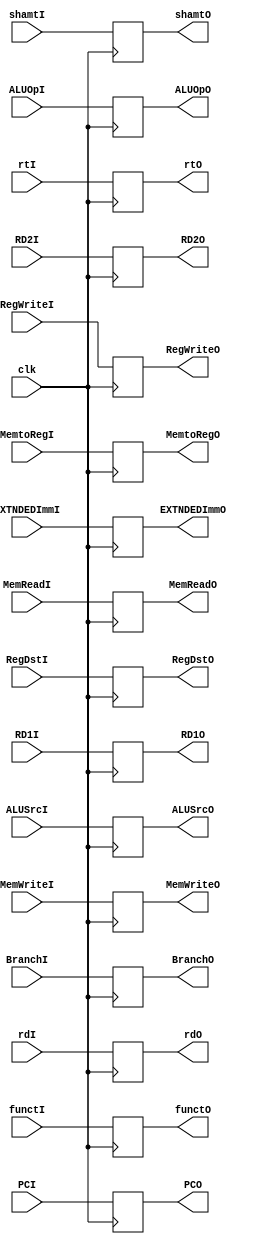
module idex(RegWriteO, MemtoRegO, MemReadO, MemWriteO, BranchO, ALUOpO, RegDstO, ALUSrcO, PCO, RD1O, RD2O, EXTNDEDImmO, rtO, rdO, functO, shamtO,
	    RegWriteI, MemtoRegI, MemReadI, MemWriteI, BranchI, ALUOpI, RegDstI, ALUSrcI, PCI, RD1I, RD2I, EXTNDEDImmI, rtI, rdI, functI, shamtI, clk);
		
	output reg RegWriteO, MemtoRegO, MemReadO, MemWriteO, BranchO, RegDstO, ALUSrcO;
	input RegWriteI, MemtoRegI, MemReadI, MemWriteI, BranchI, RegDstI, ALUSrcI, clk;
	output reg [1:0] ALUOpO;
	input [1:0] ALUOpI;
	output reg [31:0] PCO, RD1O, RD2O, EXTNDEDImmO;
	input [31:0] PCI, RD1I, RD2I, EXTNDEDImmI;
	output reg [4:0] rtO, rdO;
	input [4:0] rtI, rdI;
	output reg [5:0]functO;
	input [5:0]functI;
	output reg [4:0]shamtO;
	input [4:0]shamtI;

	always@(posedge clk) begin
		RegWriteO <= RegWriteI;
		MemtoRegO <= MemtoRegI;
		MemReadO <= MemReadI;
		MemWriteO <= MemWriteI;
		BranchO <= BranchI;
		RegDstO <= RegDstI;
		ALUSrcO <= ALUSrcI;
		ALUOpO <= ALUOpI;
		PCO <= PCI;
		RD1O <= RD1I;
		RD2O <= RD2I;
		EXTNDEDImmO <= EXTNDEDImmI;
		rtO <= rtI;
		rdO <= rdI;
		functO <= functI;
		shamtO <= shamtI;
	end
endmodule